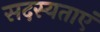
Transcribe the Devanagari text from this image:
सदस्यताएं